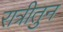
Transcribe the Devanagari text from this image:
रात्रीतुन